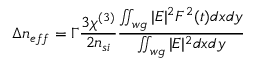
\Delta n _ { e f f } = \Gamma \frac { 3 \chi ^ { ( 3 ) } } { 2 n _ { s i } } \frac { \iint _ { w g } | E | ^ { 2 } F ^ { 2 } ( t ) d x d y } { \iint _ { w g } | E | ^ { 2 } d x d y }